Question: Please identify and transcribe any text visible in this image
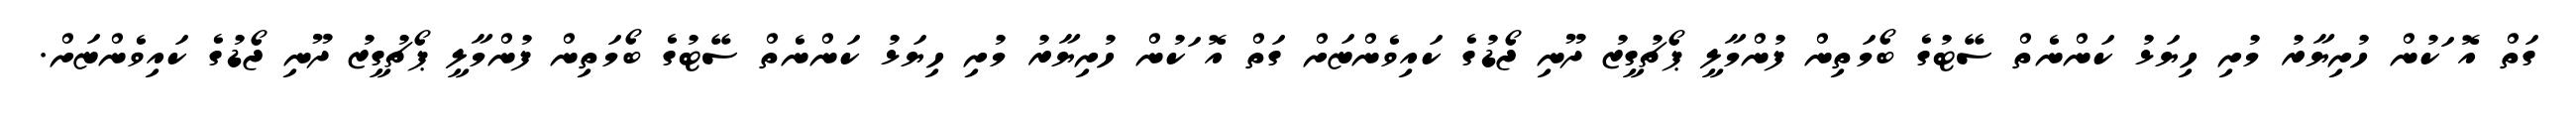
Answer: ގަތް އޮޱަކުން ހުށިޔާރު މުށި ހިޔަޅު ކަންނެތް ސޭޓުގެ ބޯމަތިން ފުންމާލީ ޕޯޗުގީޒު ދޫނި ޖޯޑުގެ ކައިވެންޏަށް ގަތް އޮޱަކުން ހުށިޔާރު މުށި ހިޔަޅު ކަންނެތް ސޭޓުގެ ބޯމަތިން ފުންމާލީ ޕޯޗުގީޒު ދޫނި ޖޯޑުގެ ކައިވެންޏަށް.